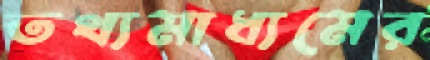
তথ্যমাধ্যমের